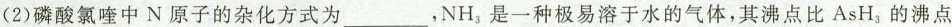
(2)磷酸氯喹中N原子的杂化方式为___，NH_{3}，是一种极易溶于水的气体，其沸点比AsH_{3}，的沸点NH₃